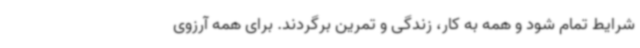
شرایط تمام شود و همه به کار، زندگی و تمرین برگردند. برای همه آرزوی